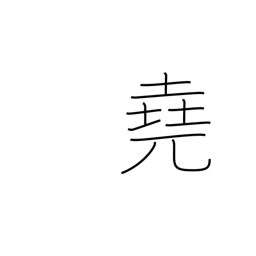
Meaning: far